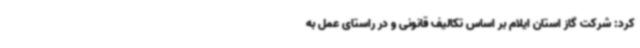
کرد: شرکت گاز استان ایلام بر اساس تکالیف قانونی و در راستای عمل به